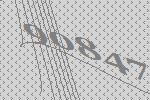
90847